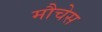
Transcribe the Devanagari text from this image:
मौचेस